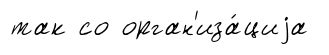
так со орган'иза́циjа